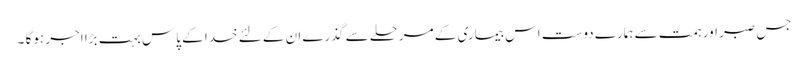
جس صبر اور ہمت سے ہمارے دوست اس بیماری کے مرحلے سے گذرے ان کے لئے خدا کے پاس بہت بڑا اجر ہوگا ۔